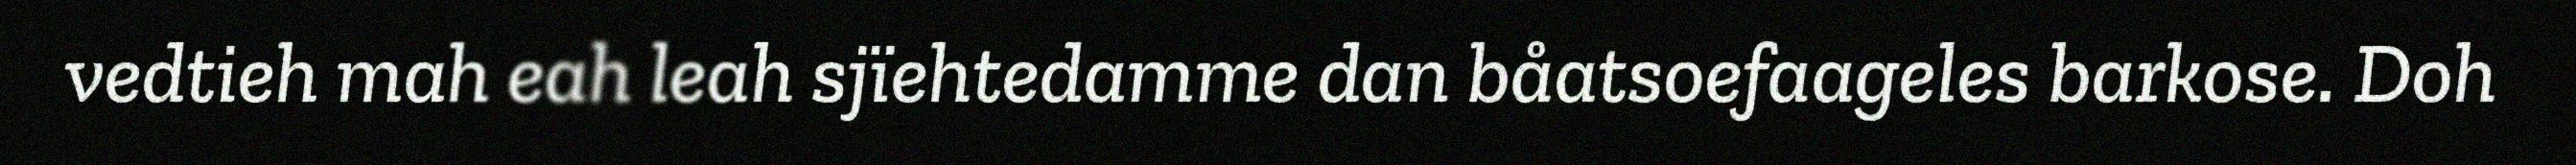
vedtieh mah eah leah sjïehtedamme dan båatsoefaageles barkose. Doh